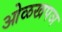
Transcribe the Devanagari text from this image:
ओळखपञ